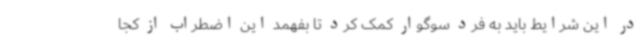
در این شرایط باید به فرد سوگوار کمک کرد تا بفهمد این اضطراب از کجا